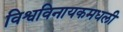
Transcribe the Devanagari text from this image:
विश्वविनायकमधली